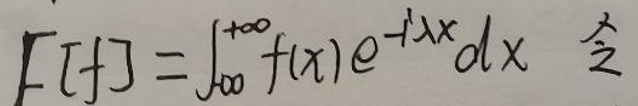

\(F[f]=\int_{0}^{+\infty} f(x) e^{-i x} d x \quad  \)令